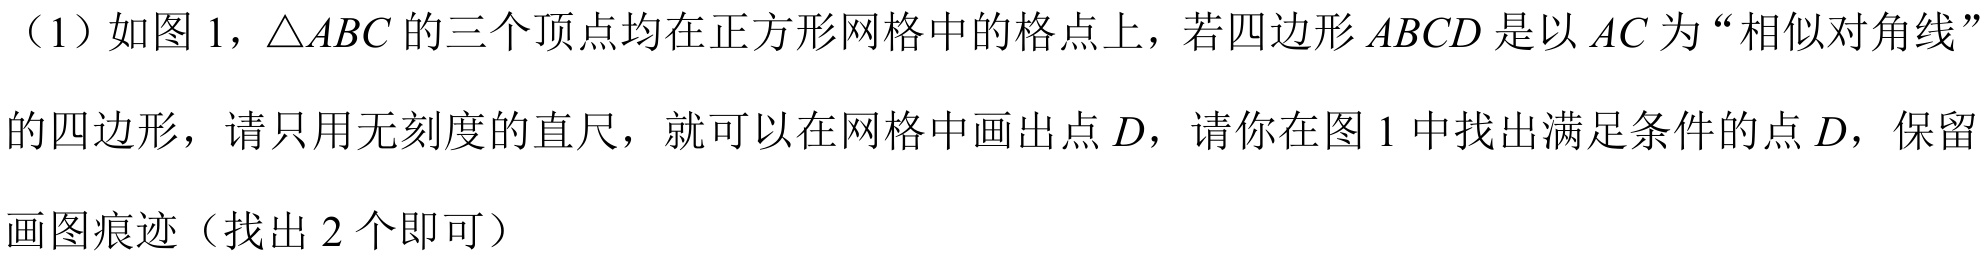
（1）如图 1，$\triangle ABC$的三个顶点均在正方形网格中的格点上，若四边形$ABCD$是以$AC$为“相似对角线”的四边形，请只用无刻度的直尺，就可以在网格中画出点$D$，请你在图 1 中找出满足条件的点$D$，保留
画图痕迹（找出$2$个即可）